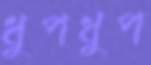
ধুপধুপ